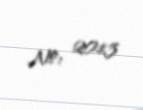
№: 2013